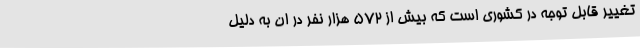
تغییر قابل توجه در کشوری است که بیش از 572 هزار نفر در ان به دلیل